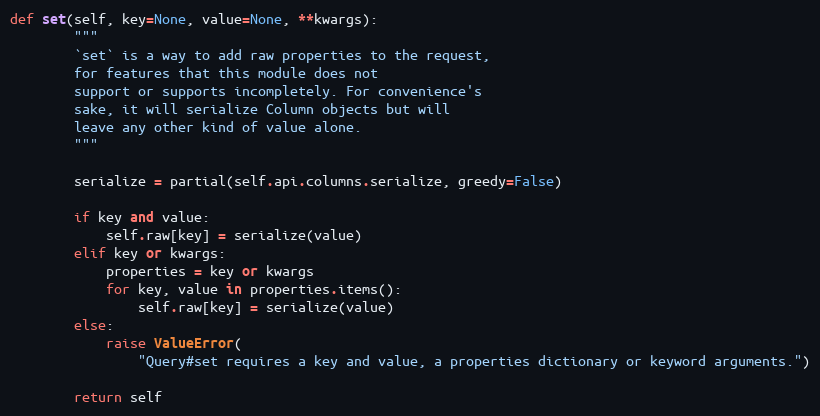
Language: Python
def set(self, key=None, value=None, **kwargs):
        """
        `set` is a way to add raw properties to the request,
        for features that this module does not
        support or supports incompletely. For convenience's
        sake, it will serialize Column objects but will
        leave any other kind of value alone.
        """

        serialize = partial(self.api.columns.serialize, greedy=False)

        if key and value:
            self.raw[key] = serialize(value)
        elif key or kwargs:
            properties = key or kwargs
            for key, value in properties.items():
                self.raw[key] = serialize(value)
        else:
            raise ValueError(
                "Query#set requires a key and value, a properties dictionary or keyword arguments.")

        return self